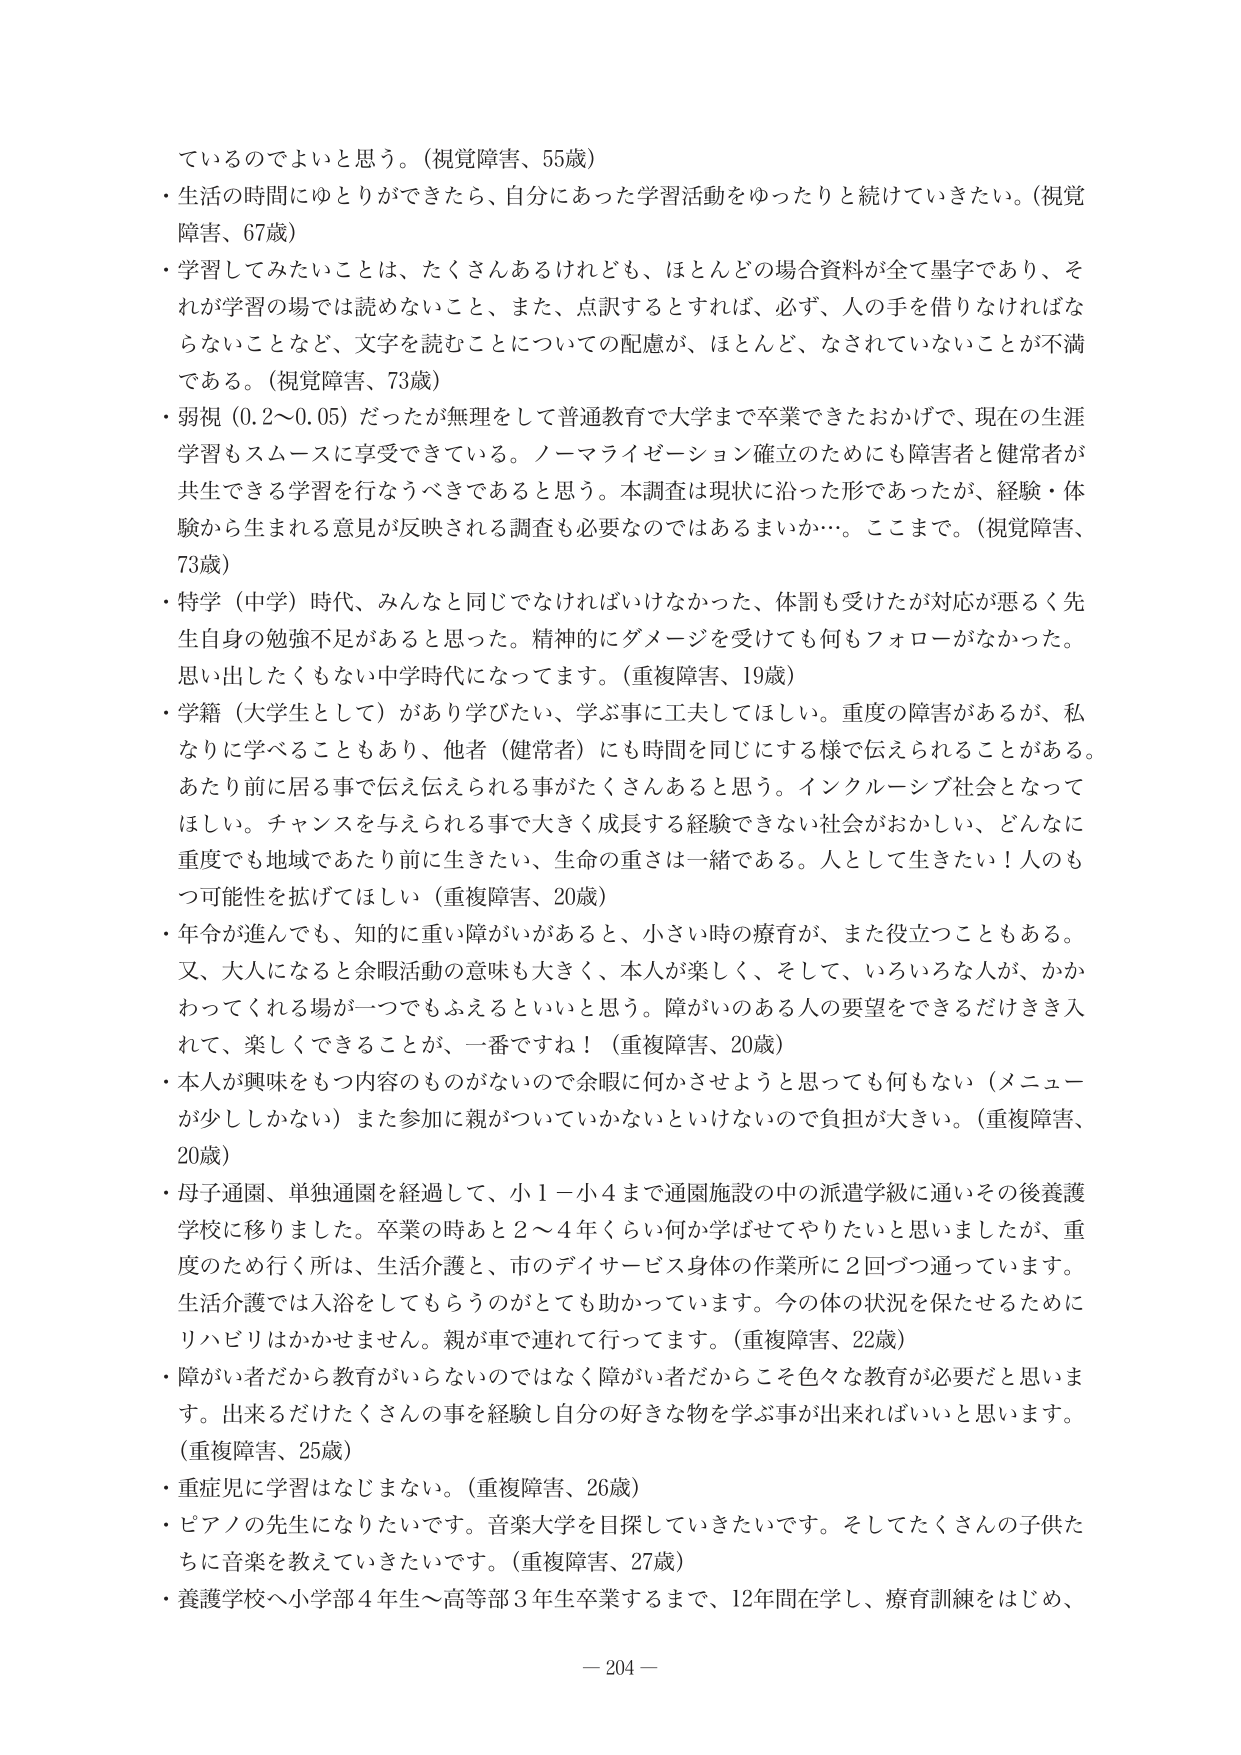
ているのでよいと思う。（視覚障害、55歳）
・生活の時間にゆとりができたら、自分にあった学習活動をゆったりと続けていきたい。（視覚障害、67歳）
・学習してみたいことは、たくさんあるけれども、ほとんどの場合資料が全て墨字であり、それが学習の場では読めないこと、また、点訳するとすれば、必ず、人の手を借りなければならないことなど、文字を読むことについての配慮が、ほとんど、なされていないことが不満である。（視覚障害、73歳）
・弱視（0.2～0.05）だったが無理をして普通教育で大学まで卒業できたおかげで、現在の生涯学習もスムーズに享受できている。ノーマライゼーション確立のためにも障害者と健常者が共生できる学習を行なうべきであると思う。本調査は現状に沿った形であったが、経験・体験から生まれる意見が反映される調査も必要なのではあるまいか…。ここまで。（視覚障害、73歳）
・特学（中学）時代、みんなと同じでなければいけなかった、体罰も受けたが対応が悪く先生自身の勉強不足があると思った。精神的にダメージを受けても何もフォローがなかった。思い出したくもない中学時代になってます。（重複障害、19歳）
・学籍（大学生として）があり学びたい、学ぶ事に工夫してほしい。重度の障害があるが、私なりに学べることもあり、他者（健常者）にも時間を同じにする様で伝えられることがある。あたり前に居る事で伝え伝えられる事がたくさんあると思う。インクルーシブ社会となってほしい。チャンスを与えられる事で大きく成長する経験できない社会がおかしい、どんなに重度でも地域であたり前に生きたい、生命の重さは一緒である。人として生きたい！人のもつ可能性を拡げてほしい（重複障害、20歳）
・年令が進んでも、知的に重い障がいがあると、小さい時の療育が、また役立つこともある。又、大人になると余暇活動の意味も大きく、本人が楽しく、そして、いろいろな人が、かかわってくれる場が一つでもふえるといいと思う。障がいのある人の要望をできるだけき入れて、楽しくできること、一番ですね！（重複障害、20歳）
・本人が興味をもつ内容のものがないので余暇に何かさせようと思っても何もない（メニューが少ししかない）また参加に親がついていかないといけないので負担が大きい。（重複障害、20歳）
・母子通園、単独通園を経過して、小1～小4まで通園施設の中の派遣学級に通いその後養護学校に移りました。卒業の時あと2～4年くらい何か学ばせてやりたいと思いましたが、重度のため行く所は、生活介護と、市のデイサービス身体の作業所に2回づつ通っています。生活介護では入浴をしてもらうのがとても助かっています。今の体の状況を保たせるためにリハビリはかかせません。親が車で連れて行ってます。（重複障害、22歳）
・障がい者だから教育がいらないのではなく障がい者だからこそ色々な教育が必要だと思います。出来るだけたくさんの事を経験し自分の好きな物を学ぶ事が出来ればいいと思います。（重複障害、25歳）
・重症児に学習はなじまない。（重複障害、26歳）
・ピアノの先生になりたいです。音楽大学を目指していきたいです。そしてたくさんの子供たちに音楽を教えていきたいです。（重複障害、27歳）
・養護学校へ小学部4年生～高等部3年生卒業するまで、12年間在学し、療育訓練をはじめ、
— 204 —